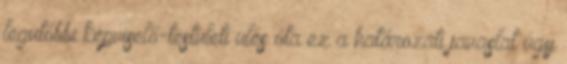
legutóbbi képviselő-testületi ülés óta ez a határozati javaslat úgy